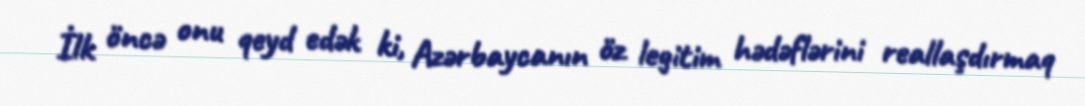
İlk öncə onu qeyd edək ki, Azərbaycanın öz legitim hədəflərini reallaşdırmaq